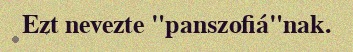
Ezt nevezte "panszofiá"nak.